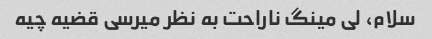
سلام، لی مینگ ناراحت به نظر میرسی قضیه چیه